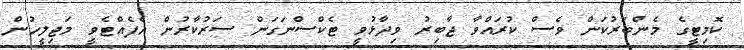
ކޮމިޓީގެ މެންބަރުކަން ވެސް ކުރައްވާ ޖާބިރު ވިދާޅުވީ ޓެކްސްނަގަން ސަރުކާރުން އެފެއްޓެވީ މަޖިލީހުން